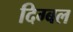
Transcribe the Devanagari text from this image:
दिग्बल